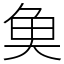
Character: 𩵋